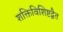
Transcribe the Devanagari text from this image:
शक्तिविशिष्टद्वैत